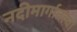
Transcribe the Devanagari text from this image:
नदीमार्गातल्या